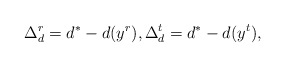
\begin{align*}\Delta_d^r=d^*-d(y^r), \Delta_d^t=d^*-d(y^t),\end{align*}